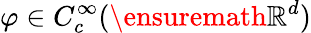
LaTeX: \varphi\in C_{c}^{\infty}(\ensuremath{\mathbb{R}}^{d})